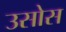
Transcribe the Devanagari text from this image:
उसोस